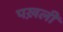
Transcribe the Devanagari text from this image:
पख़ली